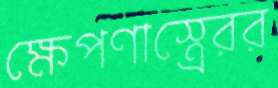
ক্ষেপণাস্ত্রেরর